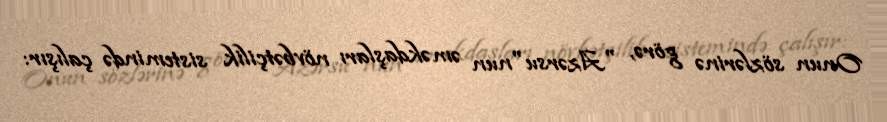
Onun sözlərinə görə, "Azərsu"nun əməkdaşları növbətçilik sistemində çalışır: